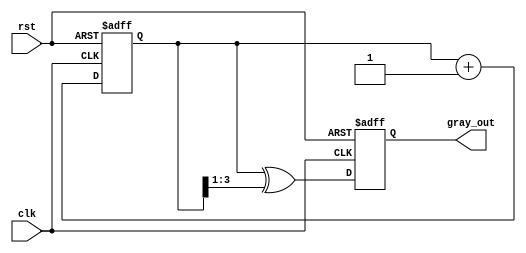
module gray_code_counter (
    input wire clk,        // Clock input
    input wire rst,        // Reset input
    output reg [N-1:0] gray_out // Gray code output
);

parameter N = 4; // Set the width of the counter (e.g., 4 bits)

// Internal signal for the binary counter
reg [N-1:0] bin_count;

// Binary to Gray code conversion
function [N-1:0] bin_to_gray;
    input [N-1:0] bin;
    begin
        bin_to_gray = bin ^ (bin >> 1);
    end
endfunction

// Always block for the counter
always @(posedge clk or posedge rst) begin
    if (rst) begin
        bin_count <= 0; // Initialize binary counter to 0
        gray_out <= bin_to_gray(0); // Initialize Gray output
    end else begin
        bin_count <= bin_count + 1; // Increment binary counter
        gray_out <= bin_to_gray(bin_count); // Update Gray code output
    end
end

endmodule